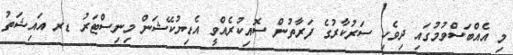
މި އެއްބަސްވުމުގައި ދިވެހި ސަރުކާރުގެ ފަރާތުން ސޮއިކުރެއްވީ އެޑިޔުކޭޝަން މިނިސްޓަރު ޑރ އައިޝަތު